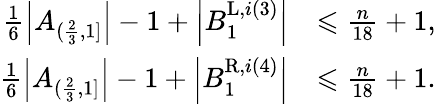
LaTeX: \begin{array}{rl}{\frac{1}{6}\left|A_{(\frac{2}{3},1]}\right|-1+\left|B_{1}^{\mathrm{L},i(3)}\right|}&{\leqslant\frac{n}{18}+1,}\\ {\frac{1}{6}\left|A_{(\frac{2}{3},1]}\right|-1+\left|B_{1}^{\mathrm{R},i(4)}\right|}&{\leqslant\frac{n}{18}+1.}\end{array}